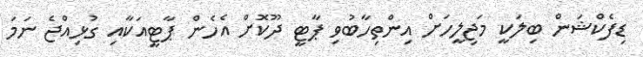
ޑިފެކްޝަން ބިލަކީ މަޖިލީހަށް އިންތިހާބުވި ޕާޓީ ދޫކޮށް އެހެން ޕާޓީއަކާއި ގުޅިއްޖެ ނަމަ